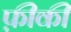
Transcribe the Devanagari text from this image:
फ़ीकी